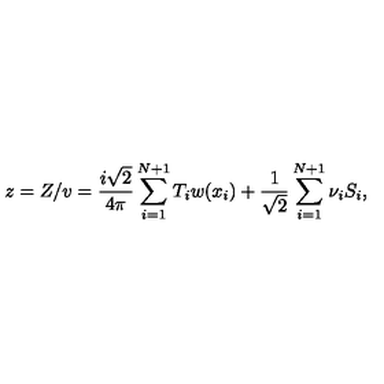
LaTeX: z = Z / v = { \frac { i \sqrt { 2 } } { 4 \pi } } \sum _ { i = 1 } ^ { N + 1 } T _ { i } w ( x _ { i } ) + { \frac { 1 } { \sqrt { 2 } } } \sum _ { i = 1 } ^ { N + 1 } \nu _ { i } S _ { i } ,